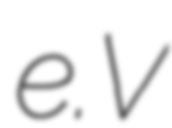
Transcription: e.V